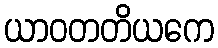
ယာဝတတိယကေ